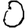
Digit: 0